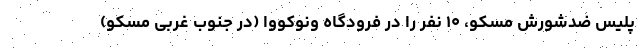
پلیس ضدشورش مسکو، ۱۰ نفر را در فرودگاه ونوکووا (در جنوب غربی مسکو)